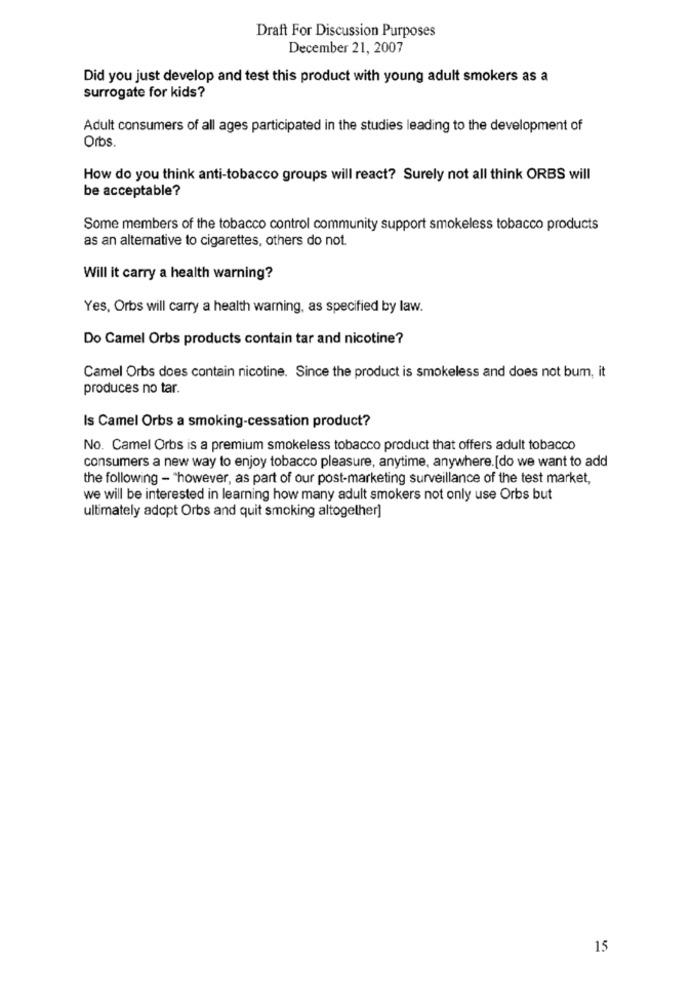
Draft For Discussion Purposes
December 21, 2007
Did you just develop and test this product with young adult smokers as a
surrogate for kids?
Adult consumers of all ages participated in the studies leading to the development of
Orbs.
How do you think anti-tobacco groups will react? Surely not all think ORBS will
be acceptable?
Some members of the tobacco control community support smokeless tobacco products
as an alternative to cigarettes, others do not.
Will it carry a health warning?
Yes, Orbs will carry a health warning, as specified by law.
Do Camel Orbs products contain tar and nicotine?
Camel Orbs does contain nicotine. Since the product is smokeless and does not bum, it
produces no tar.
Is Camel Orbs a smoking-cessation product?
No. Camel Orbs is a premium smokeless tobacco product that offers adult tobacco
consumers a new way to enjoy tobacco pleasure, anytime, anywhere. [do we want to add
the following - "however, as part of our post-marketing surveillance of the test market,
we will be interested in learning how many adult smokers not only use Orbs but
ultimately adopt Orbs and quit smoking altogether]
15